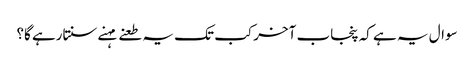
سوال یہ ہے کہ پنجاب آخرکب تک یہ طعنے مہنے سنتارہے گا؟